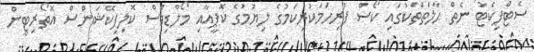
ސެޓްފިކެޓު ނެތް ޙާލަތްތަކުގައި ކޯސް ފުރިހަމަކުރިކަމުގެ ލިޔުމުގެ ކޮޕީއާއި މޯލްޑިވްސް ކޮލިފިކޭޝަންސް އޮތޯރިޓީން